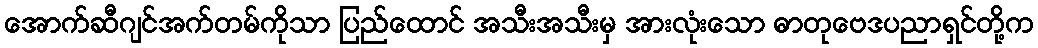
အောက်ဆီဂျင်အက်တမ်ကိုသာ ပြည်ထောင် အသီးအသီးမှ အားလုံးသော ဓာတုဗေဒပညာရှင်တို့က